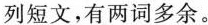
列短文,有两词多余.